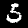
Digit: 5